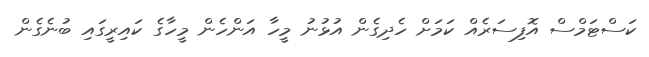
ކަސްޓަމްސް އޮފިސަރެއް ކަމަށް ހެދިގެން އުޅުނު މީހާ އަންހެން މީހާގެ ކައިރީގައި ބުނެގެން